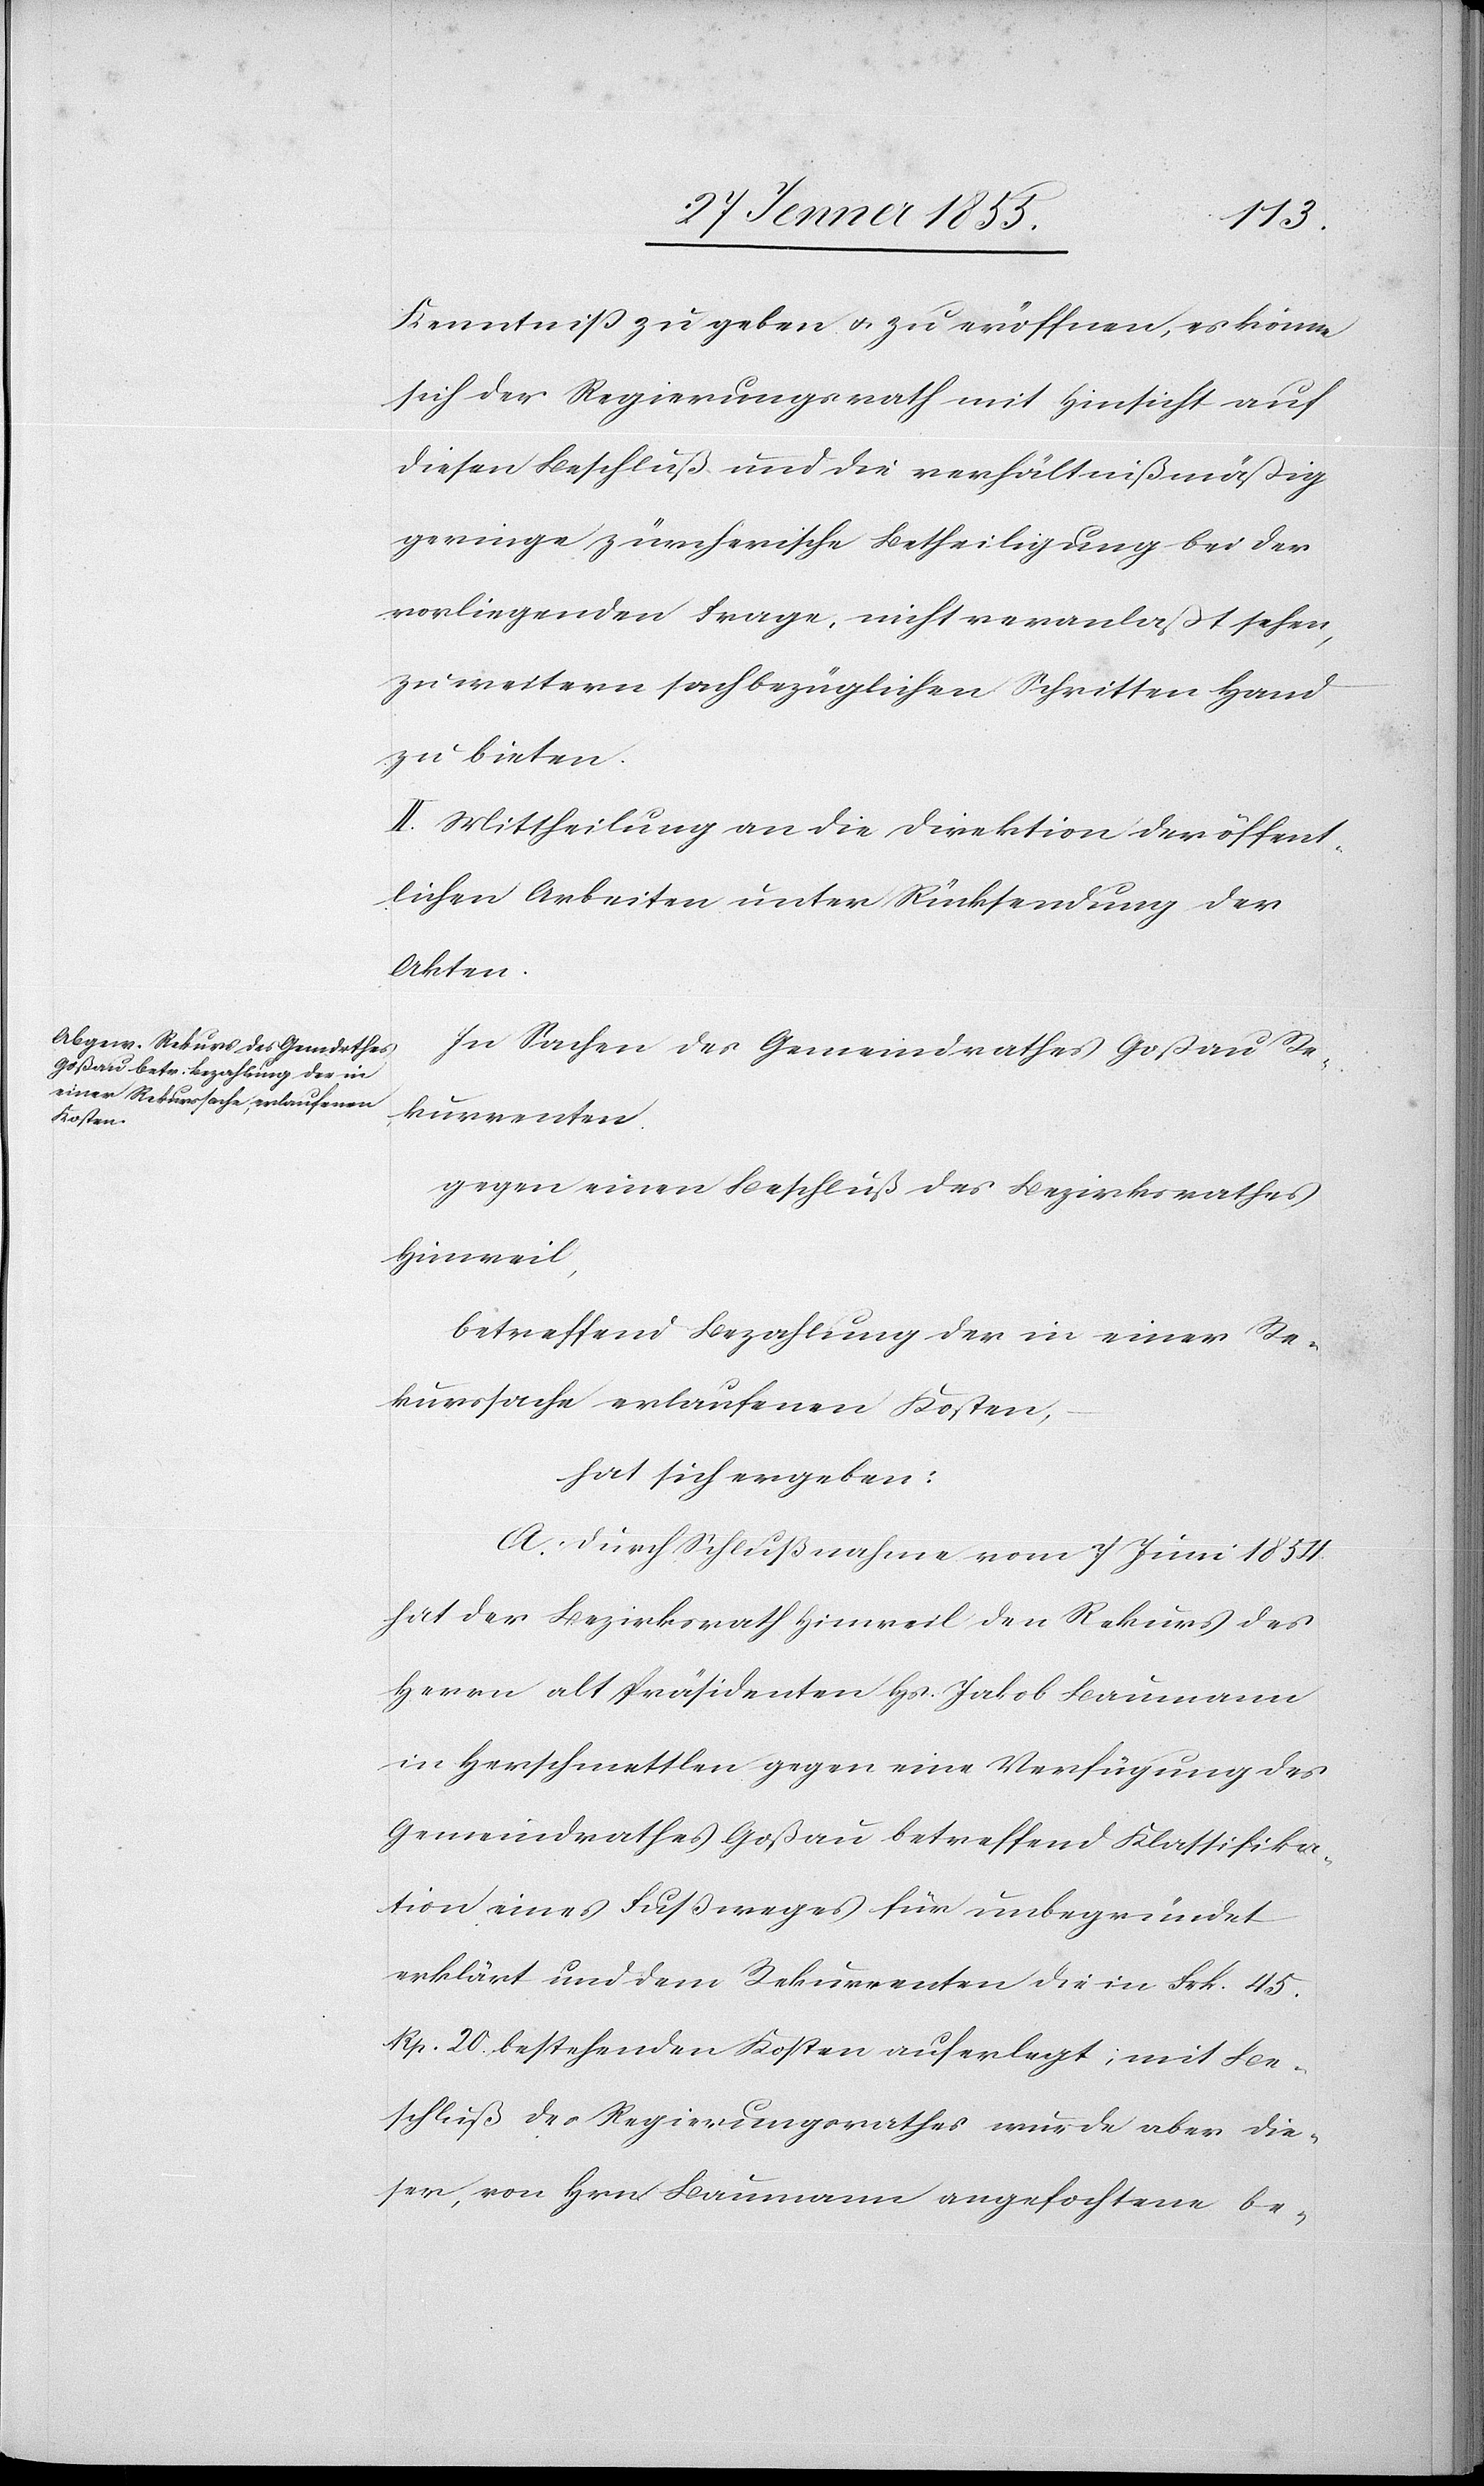
Kenntniß zu geben & zu eröffnen, es könne
sich der Regierungsrath mit Hinsicht auf
diesen Beschluß und die verhältnißmäßig
geringe zürcherische Betheiligung bei der
vorliegenden Frage, nicht veranlaßt sehen,
zu weitern sachbezüglichen Schritten Hand
zu bieten.
II. Mittheilung an die Direktion der öffent¬
lichen Arbeiten unter Rücksendung der
Akten.
In Sachen des Gemeindrathes Goßau Re¬
kurrenten
gegen einen Beschluß des Bezirksrathes
Hinweil,
betreffend Bezahlung der in einer Re¬
kurssache erlaufenen Kosten,
hat sich ergeben:
A. Durch Schlußnahme vom 7 Juni 1854
hat der Bezirksrath Hinweil den Rekurs des
Herrn alt Präsidenten Hs. Jakob Baumann
in Herschmettlen gegen eine Verfügung des
Gemeindrathes Goßau betreffend Klassifika¬
tion eines Fußweges für unbegründet
erklärt und dem Rekurrenten die in Frk. 45.
Rp. 20. bestehenden Kosten auferlegt; mit Be¬
schluß des Regierungsrathes wurde aber die¬
ser, von Hrn. Baumann angefochtene be-